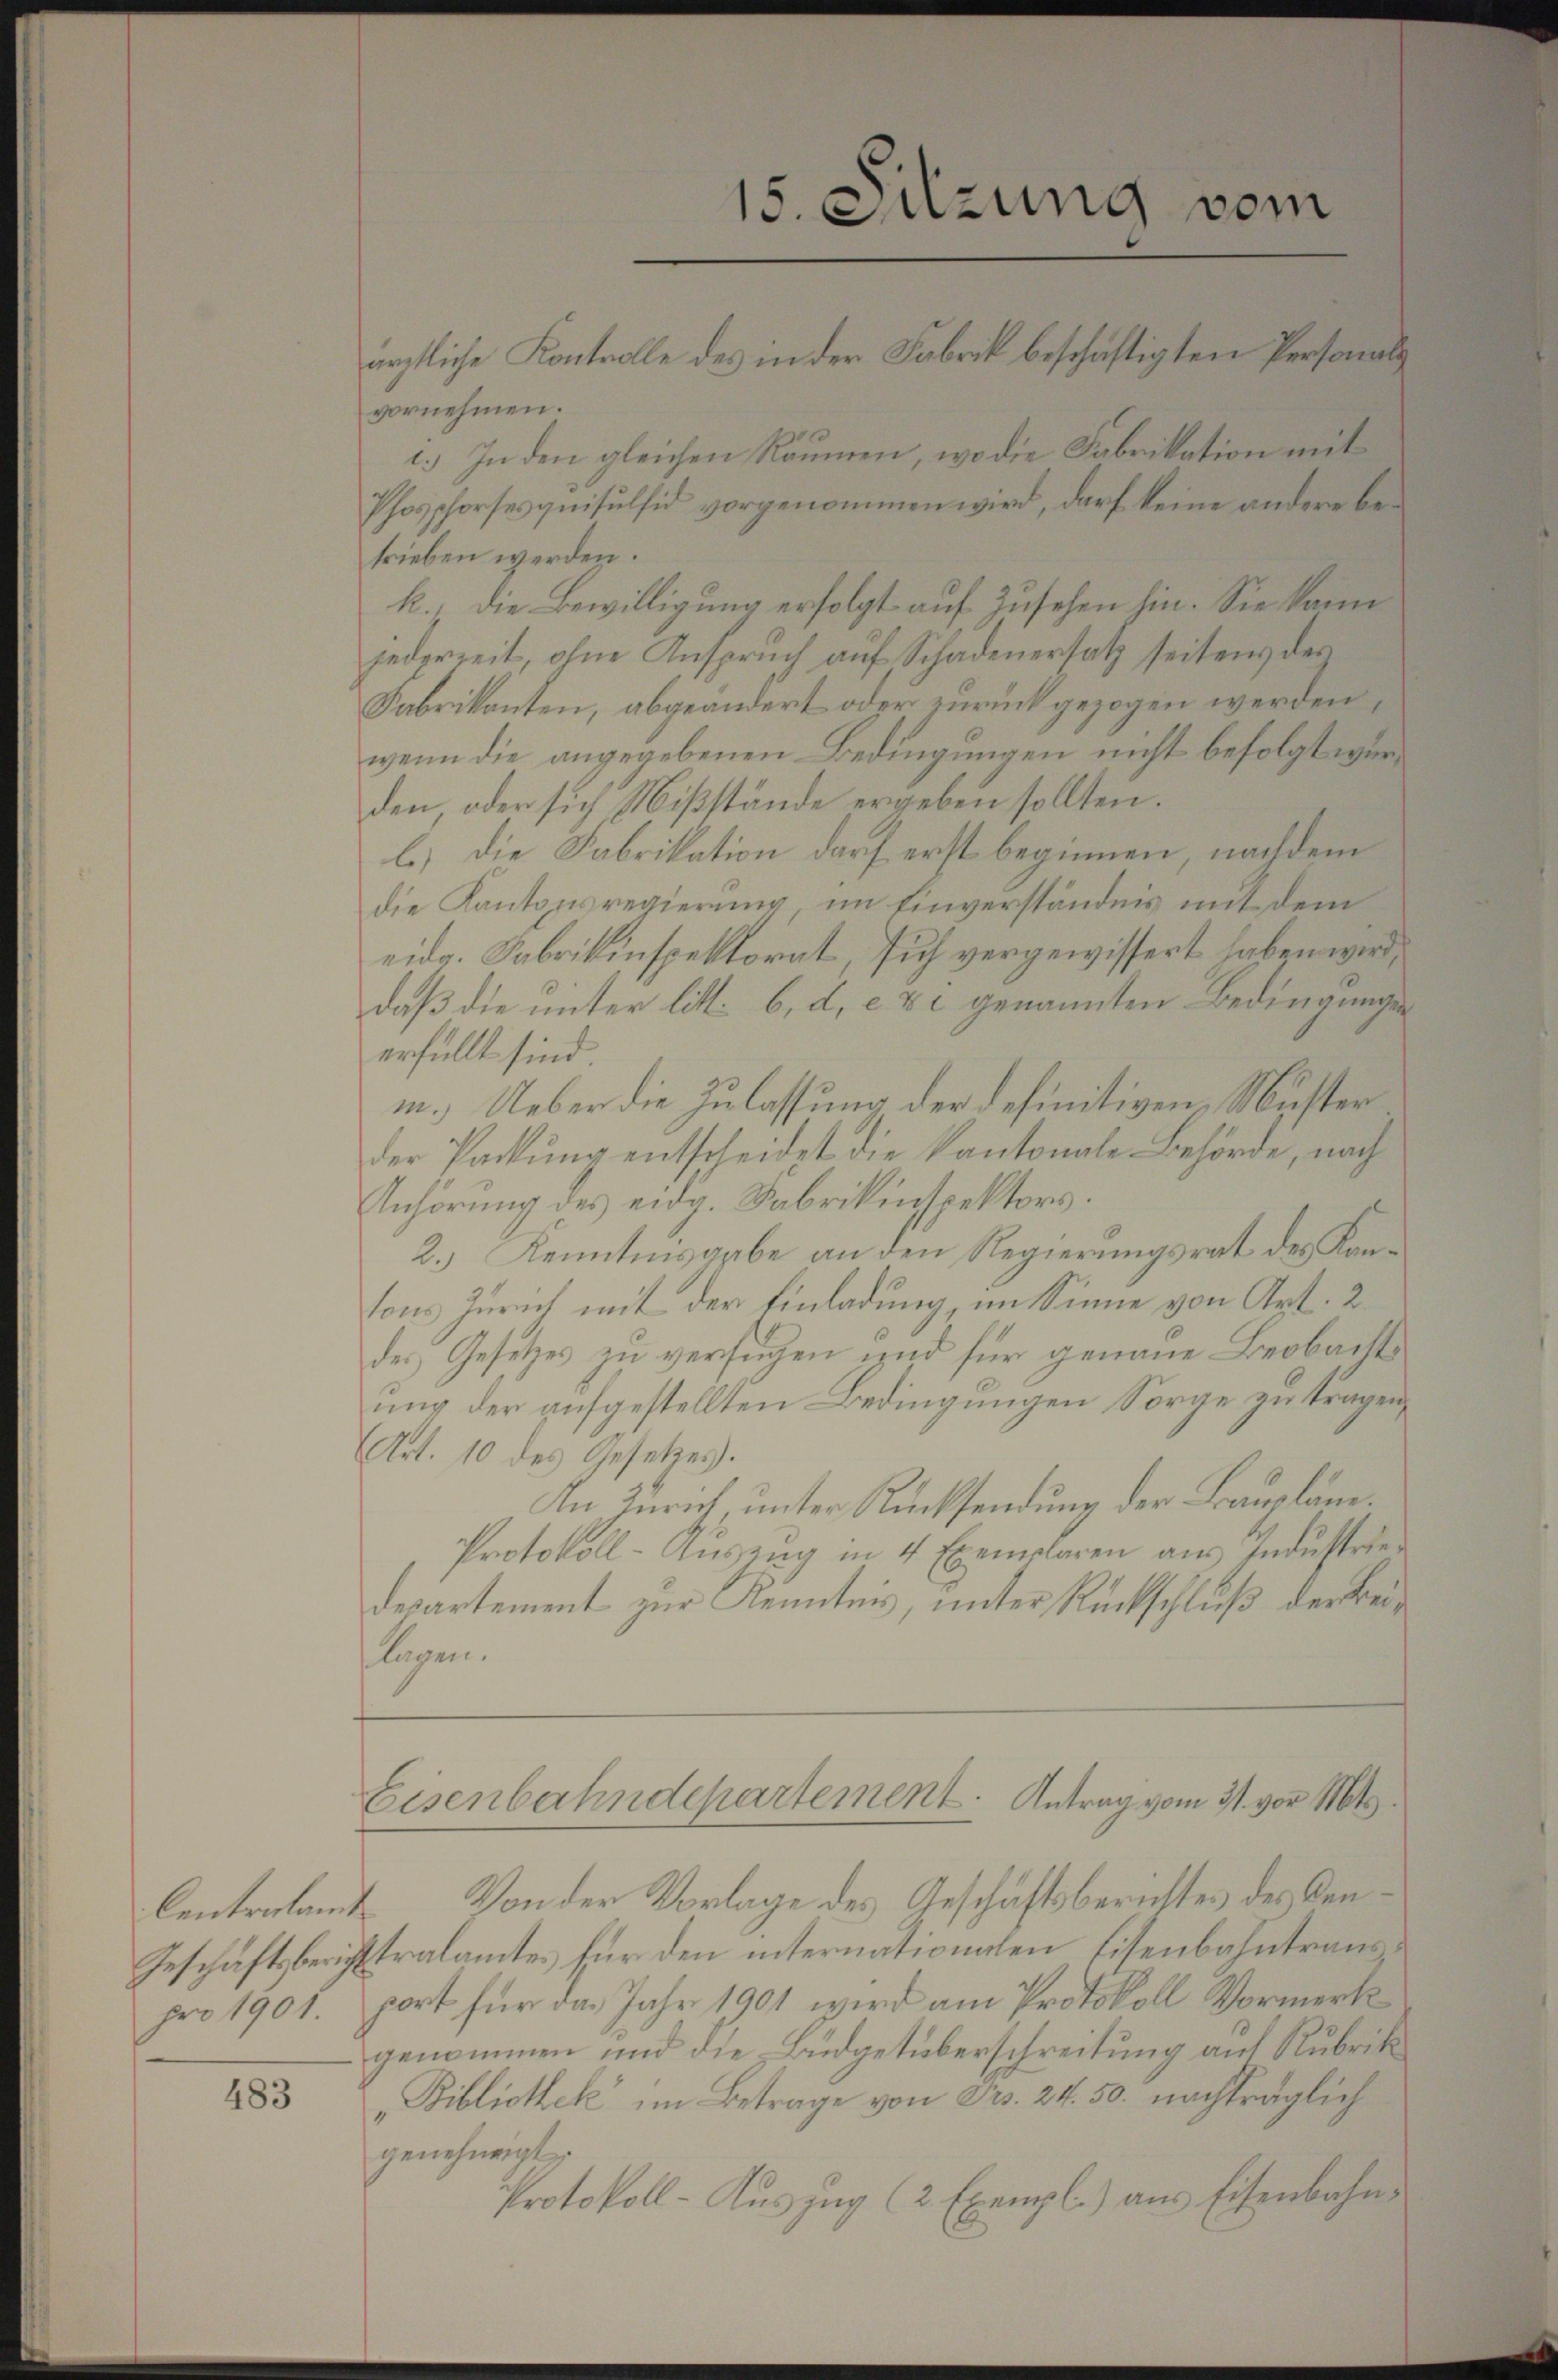
Centrolamt
Geschäftsbericht

483

ärztliche Kontrolle des in der Fabrik beschäftigten Personals
vornehmen.
1.) In den gleichen Räumen, wo die Fabrikation mit
Phosphorses quisulfid vorgenommen wird, darf keine andere betrieben werden.
k., die Bewilligung erfolgt auf Zusehen hin. Sie kann
jederzeit, ohne Anspruch auf Schadenersatz seitens des
Fabrikanten, abgeändert oder zurückgezogen werden,
wenn die angegebenen Bedingungen nicht befolgt wurden, oder sich Mißstände ergeben sollten.
l.) Die Fabrikation darf erst beginnen, nachdem
die Kantonsregierung, im Einverständnis mit dem
eidg. Fabrikinspektorat, sich vergewissert haben wird,
daß die unter litt: 6, d. c & c genannten Bedingungen
erfüllt sind.
m.) Ueber die Zulassung der definitiven, Musterder Packung entscheidet die Kantonale Behörde, nach
Anhörung des eidg. Fabrikinspektors.
2.) Kenntnisarbe an den Regierungsrat des Kantons Zürich mit der Einladung, im Sinne von Art. 2
des Gesetzes zu verfügen und für genaue Beobacht
ung der aufgestellten Bedingungen Sorge zu tragen,
Art. 10 des Gesetzes.
In Zürich unter Rücksendung der Baupläne.
Protokoll-Aŭszŭg in 4 Exemplaren aus Industriedesartement zur Kenntnis, unter Rückschluß der Beiflagen.
Eisenbahndepartement. Antrag vom 31. vor Mts.
Von der Vorlage des Geschäftsberichtes des Cen¬
Stralamtes für den internationalen Eisenbahntrauspro 1901. port für das Jahr 1901 wird am Protokoll Vormerk
genommen und die Büdgetüberschreitung auf Rubrik
„Bibliothek im Betrage von Frs. 24. 50. nachträglich
genehmigt:
Protokoll-Auszug (2 Exempl.) aus Eisenbahns

15. Sitzung vom